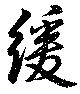
緩